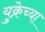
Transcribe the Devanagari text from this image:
युक्रेच्या